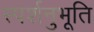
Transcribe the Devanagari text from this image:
स्पर्शनुभूति